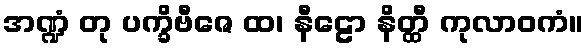
အဏ္ဍံ တု ပက္ခိဗီဇေ ထ၊ နီဠော နိတ္ထီ ကုလာဝကံ။